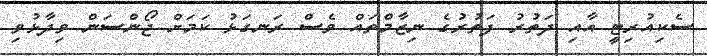
ސެކިއުރިޓީ އާއި ދަތުރު ފަތުރުގެ ނިޒާމްތައް ވެސް ރަނގަޅު ކަމަށް ޖޯންސަން ވިދާޅުވި